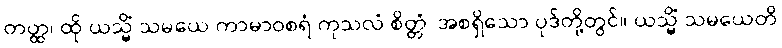
တတ္ထ၊ ထို ယသ္မိံ သမယေ ကာမာဝစရံ ကုသလံ စိတ္တံ၊ အစရှိသော ပုဒ်တို့တွင်။ ယသ္မိံ သမယေတိ